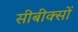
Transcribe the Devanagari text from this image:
सीबीक्सों